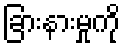
ခြားနားမှုကို